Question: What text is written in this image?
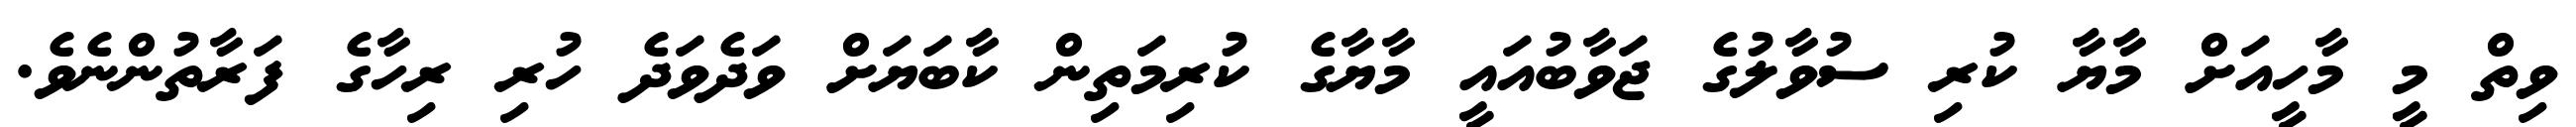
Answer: ވިތް މީ މާހީއަށް މާޔާ ކުރި ސުވާލުގެ ޖަވާބުއައީ މާޔާގެ ކުރިމަތިން ކާބަޔަށް ވަދެވަދެ ހުރި ރިހާގެ ފަރާތުންނެވެ.